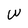
Character: W